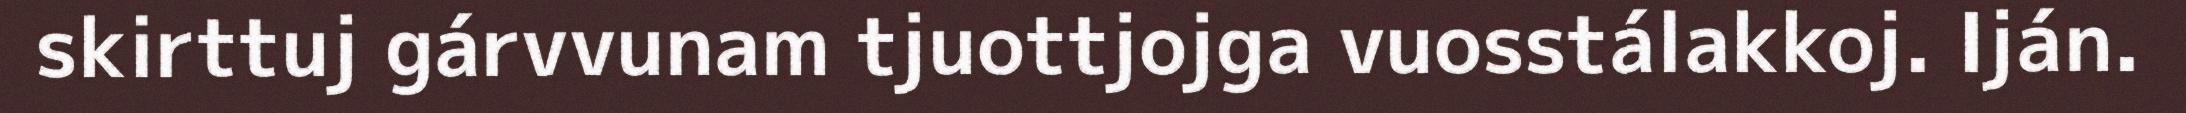
skirttuj gárvvunam tjuottjojga vuosstálakkoj. Iján.